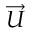
\overrightarrow { U }